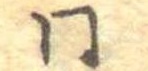
同